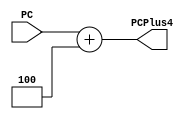
`timescale 1ns / 1ps
//////////////////////////////////////////////////////////////////////////////////
// Company: 
// Engineer: 
// 
// Design Name: 
// Module Name: Pcplus4
// Project Name: 
// Target Devices: 
// Tool Versions: 
// Description: 
// 
// Dependencies: 
// 
// Revision:
// Revision 0.01 - File Created
// Additional Comments:
// 
//////////////////////////////////////////////////////////////////////////////////


module Pcplus4(PC,PCPlus4);
input [31:0]PC;
output [31:0]PCPlus4;
assign PCPlus4=PC+32'h4;
endmodule